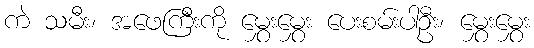
ကဲ သမီး၊ အဖေကြီးကို မွှေးမွှေး ပေးစမ်းပါဦး၊ မွှေးမွှေး